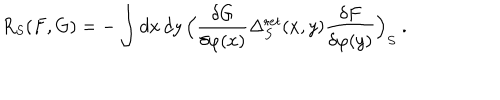
LaTeX: R _ { S } ( F , G ) = - \int d x \, d y \, \Bigl ( \frac { \delta G } { \delta \varphi ( x ) } \Delta _ { S } ^ { \mathrm r e t } ( x , y ) \frac { \delta F } { \delta \varphi ( y ) } \Bigr ) _ { S } \ .